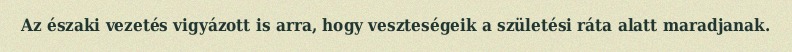
Az északi vezetés vigyázott is arra, hogy veszteségeik a születési ráta alatt maradjanak.